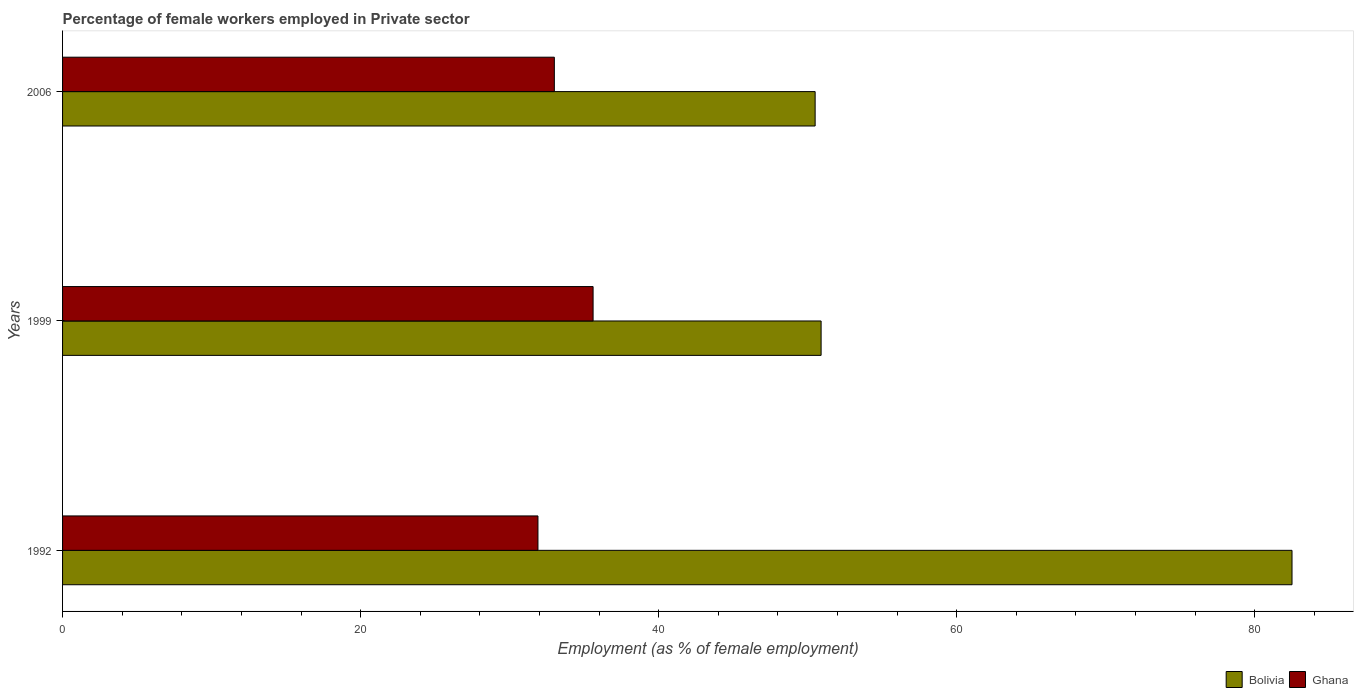
| Years | Bolivia | Ghana |
 | --- | --- | --- |
 | 1992 | 82.5 | 31.9 |
 | 1999 | 50.9 | 35.6 |
 | 2006 | 50.5 | 33 |